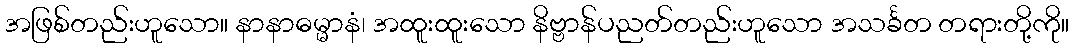
အဖြစ်တည်းဟူသော။ နာနာဓမ္မာနံ၊ အထူးထူးသော နိဗ္ဗာန်ပညတ်တည်းဟူသော အသင်္ခတ တရားတို့ကို။